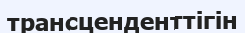
трансценденттігін